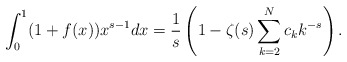
\begin{align*}\int_0^1 (1+f(x)) x^{s-1} dx= \frac{1}{s}\left(1- \zeta (s) \sum_{k=2}^N c_k k^{-s}\right) .\end{align*}